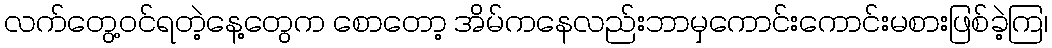
လက်တွေ့ဝင်ရတဲ့နေ့တွေက စောတော့ အိမ်ကနေလည်းဘာမှကောင်းကောင်းမစားဖြစ်ခဲ့ကြ၊